Leaving Certificate Examination (including Day School Certificate (Higher) General paper), 1931
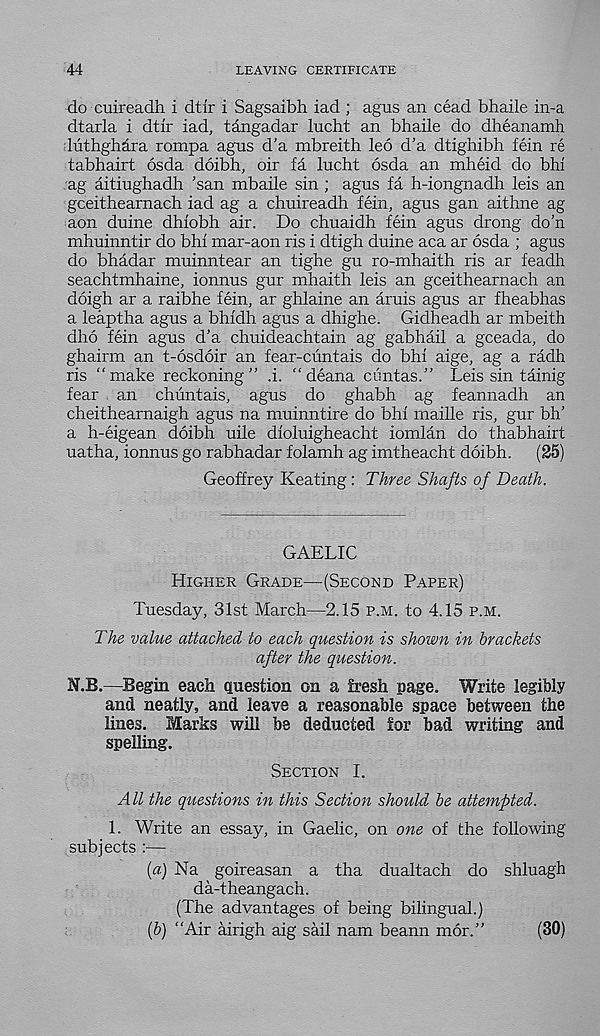
44
LEAVING CERTIFICATE
do cuireadh i dtir i Sagsaibh iad ; agus an cead bhaile in-a
dtarla i dtir iad, tangadar lucht an bhaile do dheanamh
liithghara rompa agus d’a mbreith leo d’a dtighibh fein re
tabhairt osda doibh, oir fa lucht osda an mheid do bhi
ag aitiughadh ’san mbaile sin ; agus fa h-iongnadh leis an
gceithearnach iad ag a chuireadh fein, agus gan aithne ag
aon duine dhiobh air. Do chuaidh fein agus drong do'n
mhuinntir do bhi mar-aon ris i dtigh duine aca ar osda ; agus
do bhadar muinntear an tighe gu ro-mhaith ris ar feadh
seachtmhaine, ionnus gur mhaith leis an gceithearnach an
doigh ar a raibhe fein, ar ghlaine an aruis agus ar fheabhas
a leaptha agus a bhidh agus a dhighe. Gidheadh ar mbeith
dho fein agus d’a chuideachtain ag gabhail a gceada, do
ghairm an t-6sdoir an fear-cuntais do bhi aige, ag a radh
ris “make reckoning” ,i. “ deana cimtas.” Leis sin tainig
fear an chuntais, agus do ghabh ag feannadh an
cheithearnaigh agus na muinntire do bhi maille ris, gur bh’
a h-eigean doibh uile dioluigheacht iomlan do thabhairt
uatha, ionnus go rabhadar folamh ag imtheacht doibh.
(25)
Geoffrey Keating : Three Shafts of Death.
GAELIC
Higher Grade—(Second Paper)
Tuesday, 31st March—2.15 p.m. to 4.15 p.m.
The value attached to each question is shown in brackets
after the question.
N.B.—Begin each question on a fresh page. Write legibly
and neatly, and leave a reasonable space between the
lines. Marks will be deducted for bad writing and
spelling.
Section I.
All the questions in this Section should be attempted.
1. Write an essay, in Gaelic, on one of the following
subjects :—
[a) Na goireasan a tha dualtach do shluagh
da-theangach.
(The advantages of being bilingual.)
if) "Air airigh aig sail nam beann mor.”
(30)